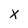
Character: X